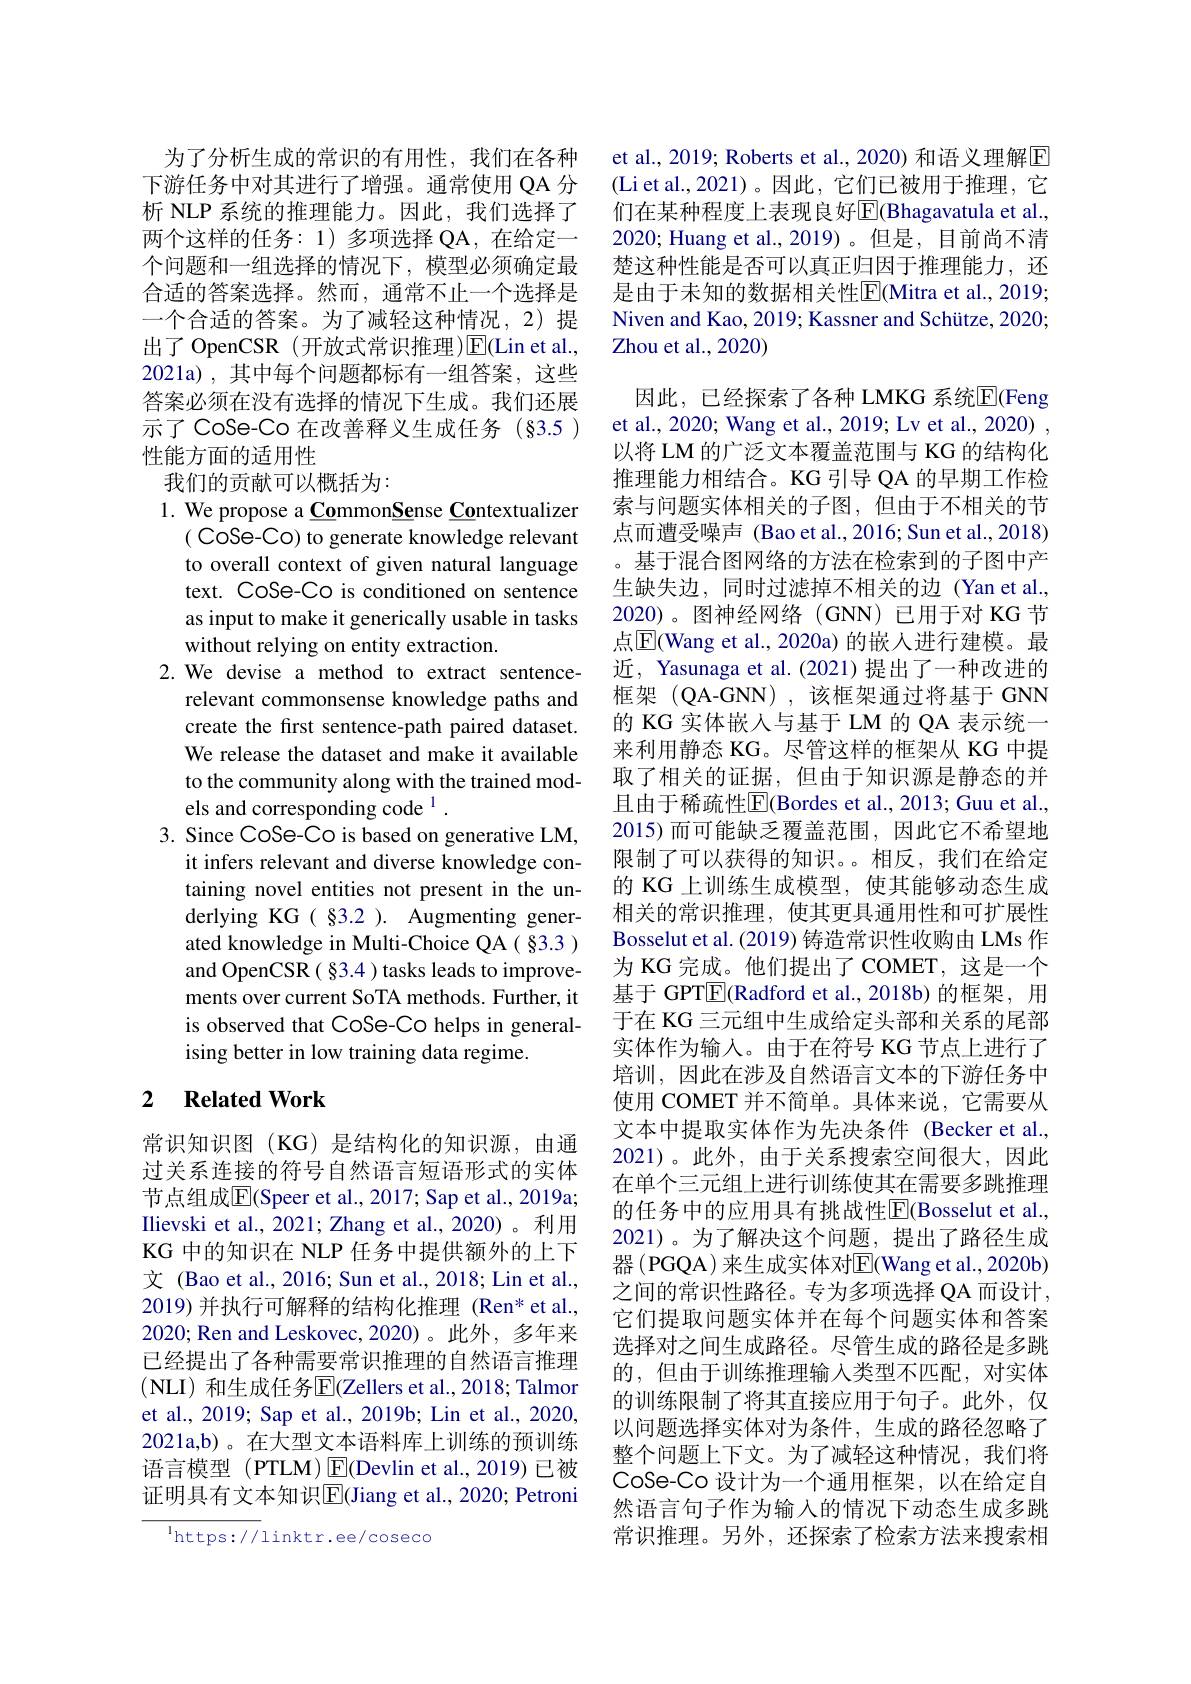
为了分析生成的常识的有用性，我们在各种下游任务中对其进行了增强。通常使用 QA 分析 NLP 系统的推理能力。因此，我们选择了两个这样的任务：1)多项选择 QA,在给定一个问题和一组选择的情况下，模型必须确定最合适的答案选择。然而，通常不止一个选择是一个合适的答案。为了减轻这种情况，2)提出了 OpenCSR (开放式常识推理)E(Lin et al., 2021a),其中每个问题都标有一组答案，这些答案必须在没有选择的情况下生成。我们还展示了 CoSe-Co 在改善释义生成任务 (§3.5) 性能方面的适用性
我们的贡献可以概括为：

$1.{\mathrm{~We~propose~a~Common}}\underline{\mathbf{Se}}$nse Contextualizer
( CoSe-Co) to generate knowledge relevant to overall context of given natural language text. CoSe-Co is conditioned on sentence as input to make it generically usable in tasks without relying on entity extraction.
2. We devise a method to extract sentence-
relevant commonsense knowledge paths and create the first sentence-path paired dataset. We release the dataset and make it available to the community along with the trained models and corresponding code $^{1}.$
3. Since CoSe-Co is based on generative LM,
it infers relevant and diverse knowledge containing novel entities not present in the underlying KG( §3.2 ). Augmenting generated knowledge in Multi-Choice QA( §3.3 ) and OpenCSR ( $\$$3. 4 ) tasks leads to improvements over current SoTA methods. Further, it is observed that CoSe-Co helps in generalising better in low training data regime.

## 2 $\textbf{Related Work}$

常识知识图(KG)是结构化的知识源，由通过关系连接的符号自然语言短语形式的实体节点组成$\overline{\mathrm{E}}($Speer et al., 2017; Sap et al., 2019a; Ilievski et al., 2021; Zhang et al., 2020) 。利用KG 中的知识在 NLP 任务中提供额外的上下文 (Bao et al., 2016; Sun et al., 2018; Lin et al., 2019)并执行可解释的结构化推理(Ren* et al., 2020; Ren and Leskovec, 2020)。此外，多年来已经提出了各种需要常识推理的自然语言推理(NLI) 和生成任务$\overline{\mathrm{E}}($Zellers et al.,2018; Talmor et al., 2019; Sap et al., 2019b; Lin et al., 2020, 2021a,b)。在大型文本语料库上训练的预训练语言模型(PTLM)E(Devlin et al.,2019)已被证明具有文本知识$\overline{\mathrm{E}}$(Jiang et al., 2020; Petroni

$^{\mathrm{l}}$https://linktr.ee/coseco

et al., 2019; Roberts et al., 2020) 和语义理解$\overline{\mathrm{E}}$ (Li et al., 2021)。因此，它们已被用于推理，它们在某种程度上表现良好$\overline{\mathrm{E}}($Bhagavatula et al., 2020; Huang et al., 2019)。但是，目前尚不清楚这种性能是否可以真正归因于推理能力，还是由于未知的数据相关性$\overline{\mathrm{E}}$(Mitra et al., 2019; Niven and Kao, 2019; Kassner and Schütze, 2020; Zhou et al., 2020)

因此，已经探索了各种 LMKG 系统$\overline{\mathrm{E}}$(Feng et al., 2020; Wang et al., 2019; Lv et al., 2020) , 以将 LM 的广泛文本覆盖范围与 KG 的结构化推理能力相结合。KG 引导 QA 的早期工作检索与问题实体相关的子图，但由于不相关的节点而遭受噪声 (Bao et al.,2016; Sun et al.,2018) 。基于混合图网络的方法在检索到的子图中产生缺失边，同时过滤掉不相关的边(Yan et al., 2020)。图神经网络(GNN)已用于对 KG 节点$\overline{\mathrm{E}}$(Wang et al., 2020a) 的嵌入进行建模。最近，Yasunaga et al.(2021)提出了一种改进的框架(QA-GNN),该框架通过将基于GNN 的 KG 实体嵌入与基于 LM 的 QA 表示统一来利用静态 KG。尽管这样的框架从 KG 中提取了相关的证据，但由于知识源是静态的并且由于稀疏性$\boxed{\mathrm{F}}$(Bordes et al., 2013; Guu et al., 2015)而可能缺乏覆盖范围，因此它不希望地限制了可以获得的知识。。相反，我们在给定的 KG 上训练生成模型，使其能够动态生成相关的常识推理，使其更具通用性和可扩展性Bosselut et al. (2019) 铸造常识性收购由 LMs 作为 KG 完成。他们提出了 COMET, 这是一个基于 GPT$\overline{\mathbb{E}}$(Radford et al.,2018b)的框架，用于在 KG 三元组中生成给定头部和关系的尾部实体作为输入。由于在符号 KG 节点上进行了培训，因此在涉及自然语言文本的下游任务中使用 COMET 并不简单。具体来说，它需要从文本中提取实体作为先决条件 (Becker et al., 2021)。此外，由于关系搜索空间很大，因此在单个三元组上进行训练使其在需要多跳推理的任务中的应用具有挑战性$\overline{\mathrm{E}}($Bosselut et al., 2021)。为了解决这个问题，提出了路径生成器 (PGQA) 来生成实体对E|(Wang et al.,2020b) 之间的常识性路径。专为多项选择 QA 而设计， 它们提取问题实体并在每个问题实体和答案选择对之间生成路径。尽管生成的路径是多跳的，但由于训练推理输入类型不匹配，对实体的训练限制了将其直接应用于句子。此外，仅以问题选择实体对为条件，生成的路径忽略了整个问题上下文。为了减轻这种情况，我们将CoSe-Co 设计为一个通用框架，以在给定自然语言句子作为输入的情况下动态生成多跳常识推理。另外，还探索了检索方法来搜索相